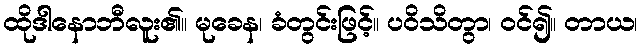
ထိုဒါနောဘီလူး၏။ မုခေန၊ ခံတွင်းဖြင့်။ ပဝိသိတွာ၊ ဝင်၍။ တာယ၊